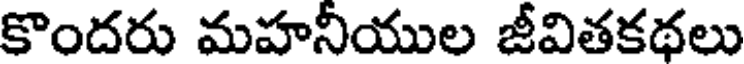
కొందరు మహనీయుల జీవితకథలు